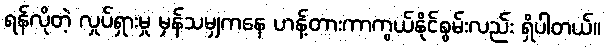
ရန်လိုတဲ့ လှုပ်ရှားမှု မှန်သမျှကနေ ဟန့်တားကာကွယ်နိုင်စွမ်းလည်း ရှိပါတယ်။